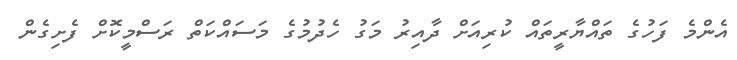
އެންމެ ފަހުގެ ތައްޔާރީތައް ކުރިއަށް ދާއިރު މަގު ހެދުމުގެ މަސައްކަތް ރަސްމީކޮށް ފެށިގެން